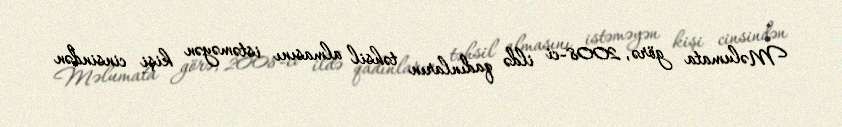
Məlumata görə, 2008-ci ildə qadınların təhsil almasını istəməyən kişi cinsindən